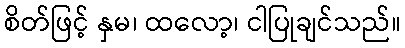
စိတ်ဖြင့် နှမ၊ ထလော့၊ ငါပြုချင်သည်။